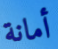
أمانة